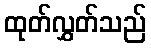
ထုတ်လွှတ်သည်